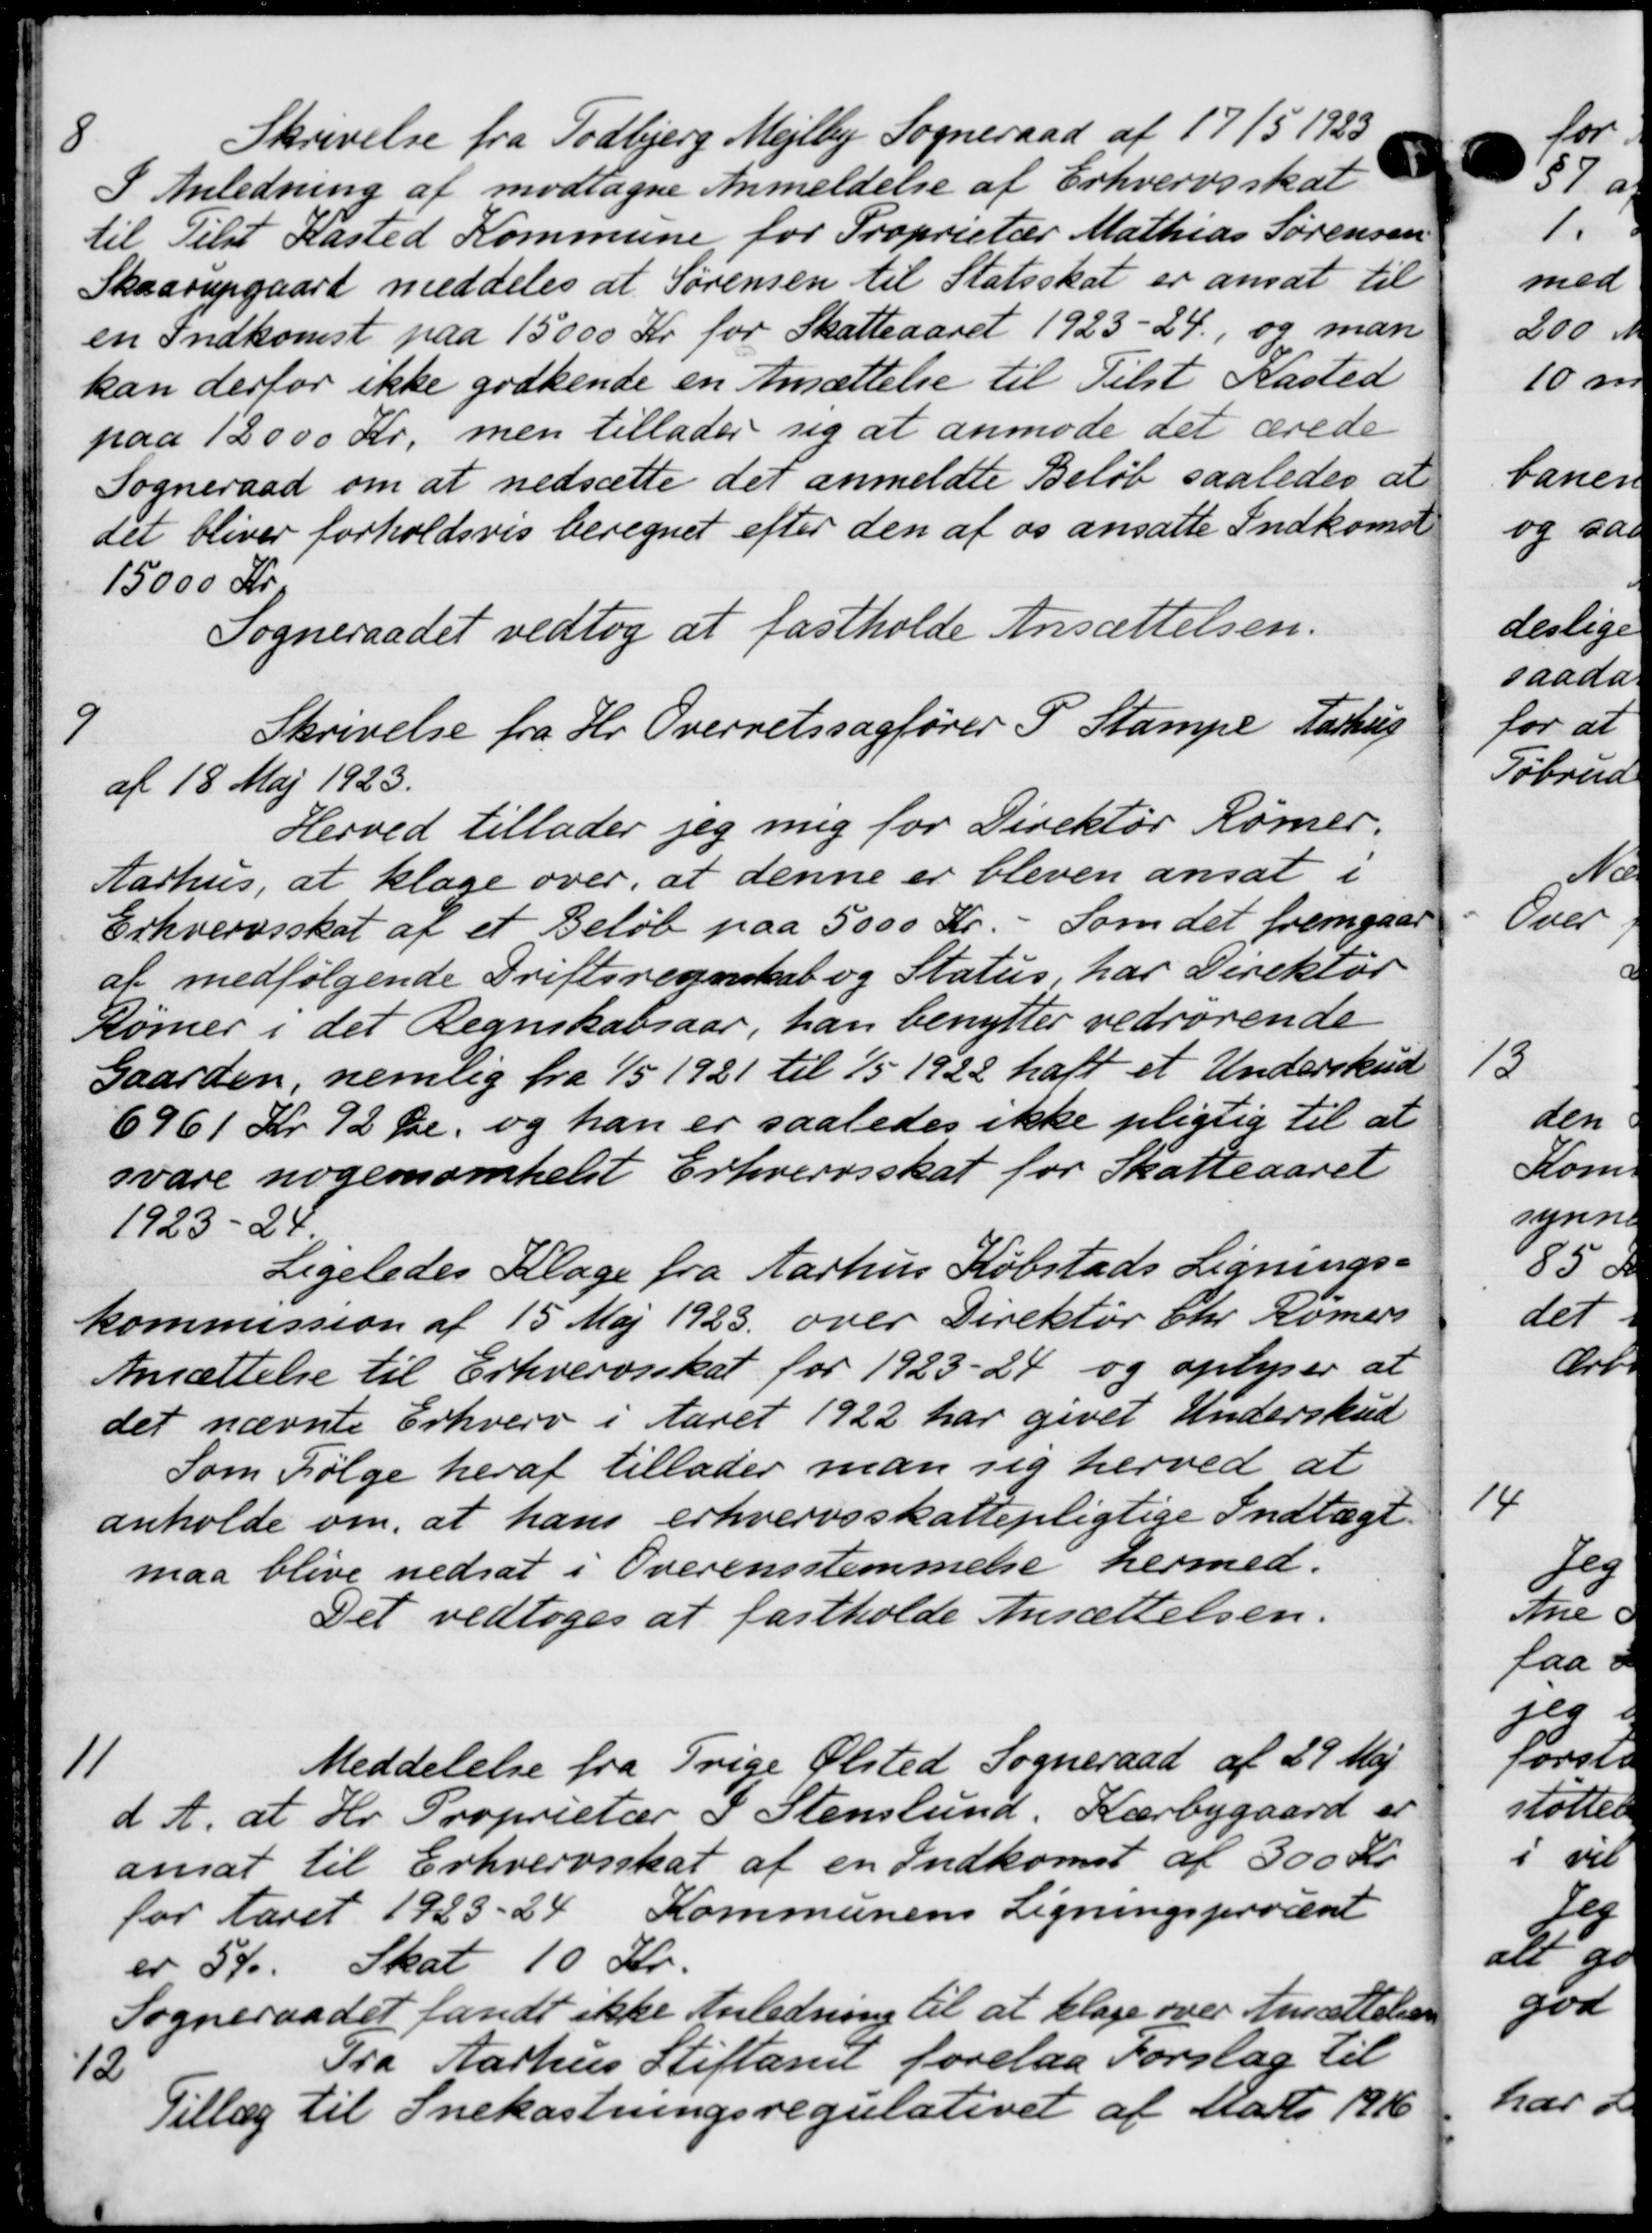
Transskription:
8
Skrivelse fra Todbjerg Mejlby Sogneraad af 17/5 1923
I Anledning af modtagne Anmeldelse af Erhvervsskat
til Tilst Kasted Kommune for Proprietær Mathias Sørensen
Skaarupgaard meddeles at Sørensen til Statsskat er ansat til
en Indkomst paa 15000 Kr for Skatteaaret 1923-24, og man
kan derfor ikke godkende en Ansættelse til Tilst Kasted
paa 12000 Kr. men tillader sig at anmode det ærede
Sogneraad om at nedsætte det anmeldte Beløb saaledes at
det bliver forholdsvis beregnet efter den af os ansatte Indkomst
15000 Kr.
Sogneraadet vedtog at fastholde Ansættelsen.
9
Skrivelse fra Hr. Overretssagfører P. Stampe Aarhus
af 18 Maj 1923.
Herved tillader jeg mig for Direktør Rømer.
Aarhus, at klage over, at denne er bleven ansat i
Erhvervsskat af et Beløb paa 5000 Kr. Som det fremgaar
af medfølgende Driftsregnskab og Status, har Direktør
Rømer i det Regnskabsaar, han benytter vedrørende
Gaarden, nemlig fra 1/5 1921 til 1/5 1922 haft et Underskud
6961 Kr 72 Øre og han er saaledes ikke pligtig til at
svare nogensomhelst Erhvervsskat for Skatteaaret
1923-24
Ligeledes Klage fra Aarhus Købstads Lignings-
kommission af 15 Maj 1923 over Direktør Chr. Rømers
Ansættelse til Erhvervsskat for 1923-24 og oplyser at
det nævnte Erhverv i Aaret 1922 har givet Underskud
Som Følge heraf tillader man sig herved at
anholde om, at hans erhvervsskattepligtige Indtægt.
maa blive nedsat i Overensstemmelse hermed.
Det vedtoges at fastholde Ansættelsen.
11
Meddelelse fra Trige Ølsted Sogneraad af 29 Maj
d. A. at Hr. Proprietær I Stenslund, Kærbygaard er
ansat til Erhvervsskat af en Indkomst af 300 Kr.
for Aaret 1923-24 Kommunens Ligningsprocent
er 59. Skat 10 Kr.
Sogneraadet fandt ikke Anledning til at klage over Ansættelse
12
Fra Aarhus Stiftamt forelaa Forslag til
Tillæg til Snekastningsregulativet af Marts 1916